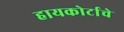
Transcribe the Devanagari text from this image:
हायकोर्टाचे